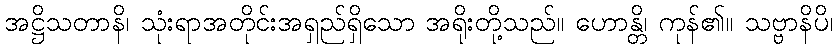
အဋ္ဌိသတာနိ၊ သုံးရာအတိုင်းအရှည်ရှိသော အရိုးတို့သည်။ ဟောန္တိ၊ ကုန်၏။ သဗ္ဗာနိပိ၊